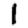
Digit: 1